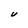
Character: U